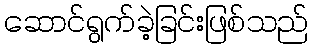
ဆောင်ရွက်ခဲ့ခြင်းဖြစ်သည်